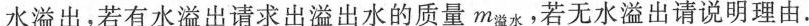
水溢出，若有水溢出请求出溢出水的质量m(溢水)，若无水溢出请说明理由.